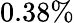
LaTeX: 0.38\%